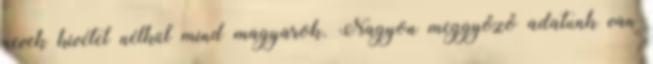
nevek kivétel nélkül mind magyarok. Nagyon meggyőző adatunk van